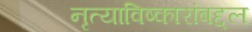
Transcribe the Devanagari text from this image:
नृत्याविष्कारांबद्दल